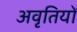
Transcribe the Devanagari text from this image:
अवृतियों